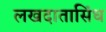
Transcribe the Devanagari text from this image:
लखदातासिंध